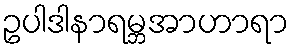
ဥပါဒါနာရမ္ဘအာဟာရာ